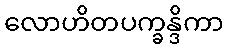
လောဟိတပက္ခန္ဒိကာ